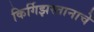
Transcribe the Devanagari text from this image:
किर्गिझस्तानाचे